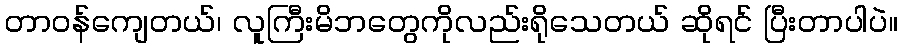
တာဝန်ကျေတယ်၊ လူကြီးမိဘတွေကိုလည်းရိုသေတယ် ဆိုရင် ပြီးတာပါပဲ။